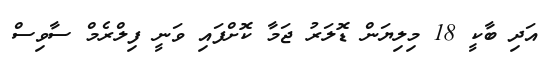
އަދި ބާކީ 18 މިލިޔަން ޑޮލަރު ޖަމާ ކޮށްފައި ވަނީ ފިލްރެމް ސާވިސް